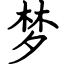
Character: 梦